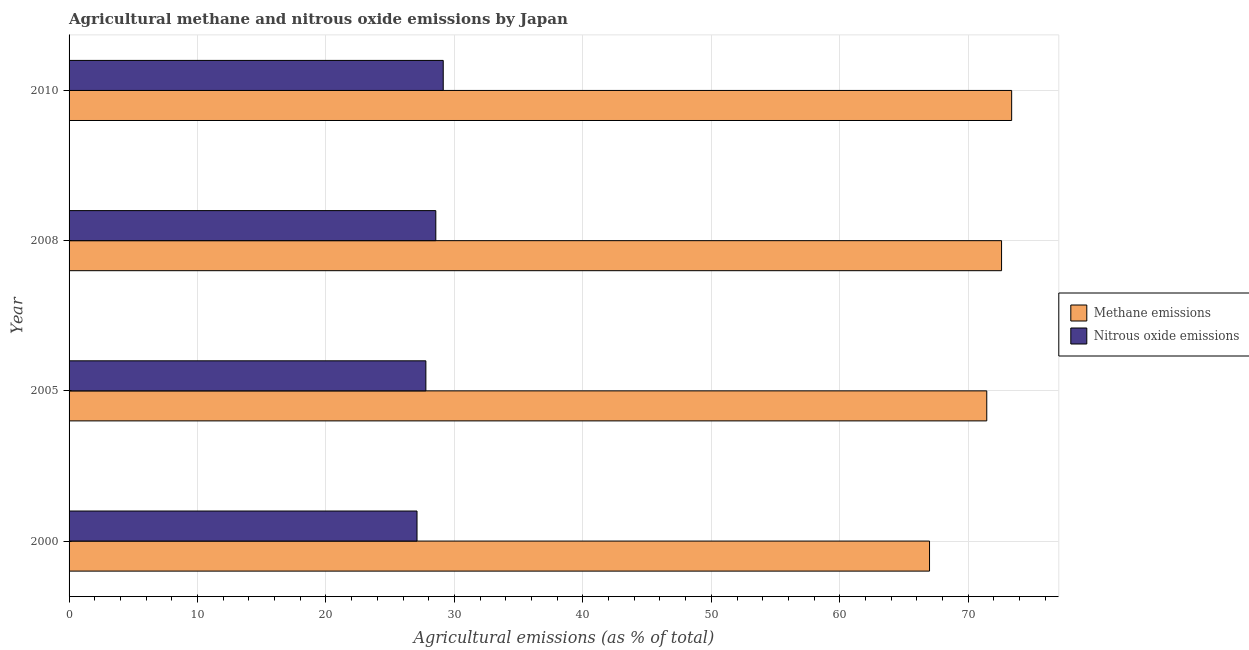
| Year | Methane emissions | Nitrous oxide emissions |
 | --- | --- | --- |
 | 2000 | 67 | 27.1 |
 | 2005 | 71.4 | 27.8 |
 | 2008 | 72.6 | 28.6 |
 | 2010 | 73.4 | 29.1 |